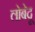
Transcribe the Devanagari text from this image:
लोबेदू